Vaccination in Bombay 1924-1928 - 1924-1928
Year: 1924
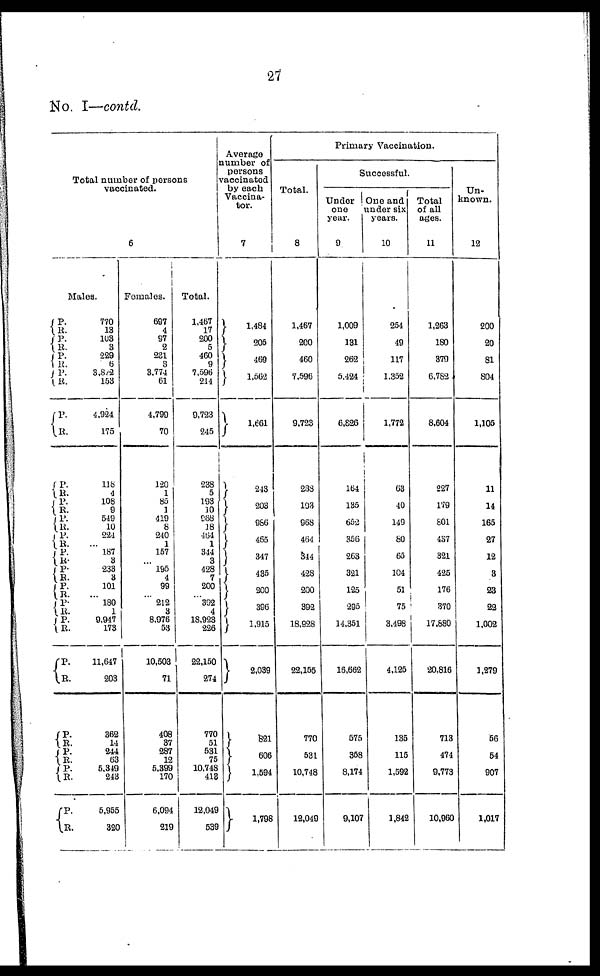
27
No. I—contd.
Total number of persons
vaccinated.
6
Males.
P.
R.
P.
R.
P.
R.
P.
R.
P.
R.
P.
R.
P.
R.
P.
R. P.
R.
P.
R.
P.
R.
P.
R.
P.
R.
P.
R.
P.
R.
P.
R.
P. R.
P. R.
P.
R.
770
13
103
3
229
6
3,802
153
4,924
175
118
4
108
9
549
10
224
... 187
3
233
3
101
... 180
1
9,947
173
11,647
203
362
14
244
63
6,349
243
5,955
320
Females.
697
4
97
2
231
3
3,774
61
4,799
70
120
1
85
1
419
8
240
1
157
...
195
4
99
...
212
3
8,976
53
10,503
71
408
37
287
12
5,399
170
6,094
219
Total.
1,467
17
200
5
460
9
7,596
214
9,723
245
238
5
193
10
968
18
464
1
344
3
428
7
200
... 392
4
18,923
226
22,150
274
770
51
531
75
10,748
413
12,049
539
Average
number of
persons
vaccinated
by each
Vaccina-
tor.
7
1,484
205
469
1,562
1,661
243
203
986
465
347
435
200
396
1,915
2,039
821
606
1,594
1,798
Primary Vaccination.
Total.
8
1,467
200
460
7,596
9,723
238
193
968
464
344
428
200
392
18,928
22,155
770
531
10,748
12,049
Successful.
Under
one
year.
9
1,009
131
262
5,424
6,826
164
135
652
356
263
321
125
295
14,351
16,662
575
358
8,174
9,107
One and
under six
years.
10
254
49
117
1,352
1,772
63
40
149
80
65
104
51
75
3,498
4,125
135
115
1,592
1,842
Total
of all
ages.
11
1,263
180
379
6,782
8,604
227
179
801
437
321
425
176
370
17,880
20,816
713
474
9,773
10,960
Un-
known.
12
200
20
81
804
1,105
11
14
165
27
12
3
23
22
1,002
1,279
56
54
907
1,017